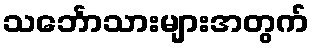
သင်္ဘောသားများအတွက်